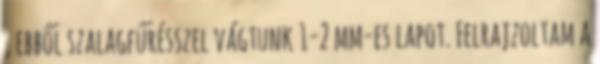
, ebből szalagfűrésszel vágtunk 1-2 mm-es lapot. Felrajzoltam a